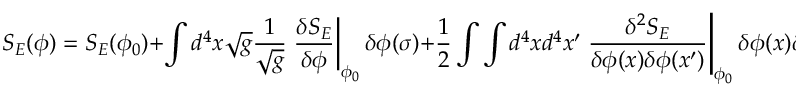
S _ { E } ( \phi ) = S _ { E } ( \phi _ { 0 } ) + \int d ^ { 4 } x \sqrt { g } \frac { 1 } { \sqrt { g } } \left. \frac { \delta S _ { E } } { \delta \phi } \right\vert _ { \phi _ { 0 } } \delta \phi ( \sigma ) + \frac { 1 } { 2 } \int \int d ^ { 4 } x d ^ { 4 } x ^ { \prime } \left. \frac { \delta ^ { 2 } S _ { E } } { \delta \phi ( x ) \delta \phi ( x ^ { \prime } ) } \right\vert _ { \phi _ { 0 } } \delta \phi ( x ) \delta \phi ( x ^ { \prime } ) .